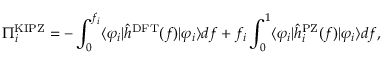
\Pi _ { i } ^ { \mathrm { K I P Z } } = - \int _ { 0 } ^ { f _ { i } } \langle \varphi _ { i } \vert \hat { h } ^ { \mathrm { D F T } } ( f ) \vert \varphi _ { i } \rangle d f + f _ { i } \int _ { 0 } ^ { 1 } \langle \varphi _ { i } \vert \hat { h } _ { i } ^ { \mathrm { P Z } } ( f ) \vert \varphi _ { i } \rangle d f ,